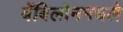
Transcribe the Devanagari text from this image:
बॅबिलोनमधले